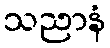
သညာနံ